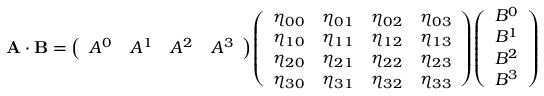
\mathbf { A \cdot B } = { \left( \begin{array} { l l l l } { A ^ { 0 } } & { A ^ { 1 } } & { A ^ { 2 } } & { A ^ { 3 } } \end{array} \right) } { \left( \begin{array} { l l l l } { \eta _ { 0 0 } } & { \eta _ { 0 1 } } & { \eta _ { 0 2 } } & { \eta _ { 0 3 } } \\ { \eta _ { 1 0 } } & { \eta _ { 1 1 } } & { \eta _ { 1 2 } } & { \eta _ { 1 3 } } \\ { \eta _ { 2 0 } } & { \eta _ { 2 1 } } & { \eta _ { 2 2 } } & { \eta _ { 2 3 } } \\ { \eta _ { 3 0 } } & { \eta _ { 3 1 } } & { \eta _ { 3 2 } } & { \eta _ { 3 3 } } \end{array} \right) } { \left( \begin{array} { l } { B ^ { 0 } } \\ { B ^ { 1 } } \\ { B ^ { 2 } } \\ { B ^ { 3 } } \end{array} \right) }